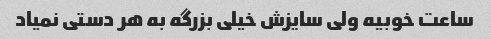
ساعت خوبیه ولی سایزش خیلی بزرگه به هر دستی نمیاد